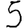
Digit: 5